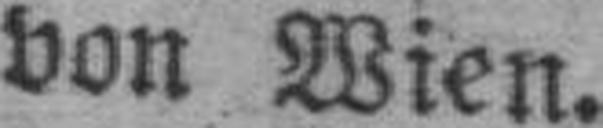
von Wien.